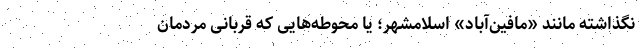
نگذاشته مانند «مافین‌آباد» اسلامشهر؛ یا محوطه‌هایی که قربانی مردمان